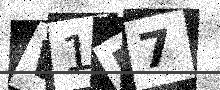
Text: W1M7